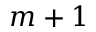
m + 1